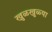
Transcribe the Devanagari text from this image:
खुळखुळ्या